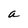
Character: a